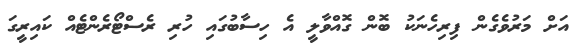
އަށް މަރުވެގެން ފިރިހެނަކު ބޮން ގޮއްވާލީ އެ ހިސާބުގައި ހުރި ރެސްޓޯރެންޓެއް ކައިރީގަ